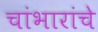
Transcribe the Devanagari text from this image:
चांभारांचे